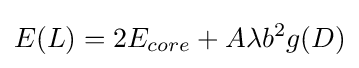
E(L)=2E_{core}+A\lambda b^{2}g(D)